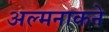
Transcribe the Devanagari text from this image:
अल्मनाकने